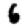
Digit: 6